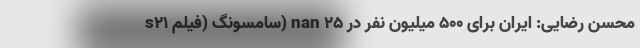
s21 سامسونگ (فیلم) nan محسن رضایی: ایران برای ۵۰۰ میلیون نفر در ۲۵